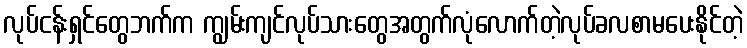
လုပ်ငန်းရှင်တွေဘက်က ကျွမ်းကျင်လုပ်သားတွေအတွက်လုံလောက်တဲ့လုပ်ခလစာမပေးနိုင်တဲ့